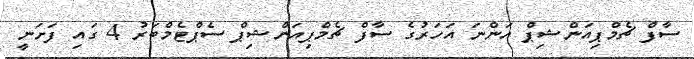
ސާފް ޗެމްޕިއަންޝިޕް އަންނަ އަހަރުގެ ސާފް ޗެމްޕިއަންޝިޕް ސެޕްޓެމްބަރު 4 ގައި ފަށަނީ